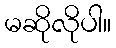
မဆိုလိုပါ။